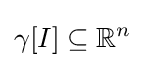
\gamma [I]\subseteq \mathbb {R} ^{n}